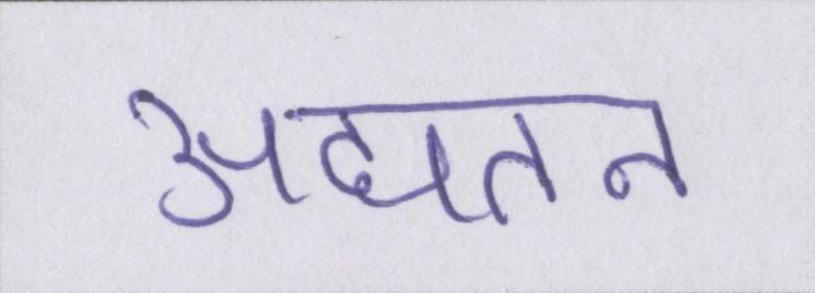
अद्यतन